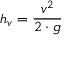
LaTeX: h _ { v } = { \frac { v ^ { 2 } } { 2 \cdot g } }